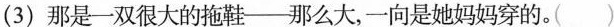
(3)那是一双很大的拖鞋——那么大，一向是她妈妈穿的。( )